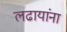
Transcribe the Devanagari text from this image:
लढायांना